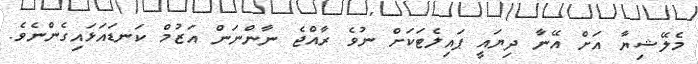
މެލޭޝިޔާ އަށް އޭނާ ދިޔައީ ޕައިލެޓަކަށް ނުވެ ރާއްޖެ ނާންނަން އަޒުމް ކަނޑައަޅައިގެންނެވެ.